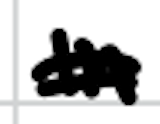
Text: In
Cross-out: double-line
Writing tool: digital_black